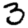
Digit: 3